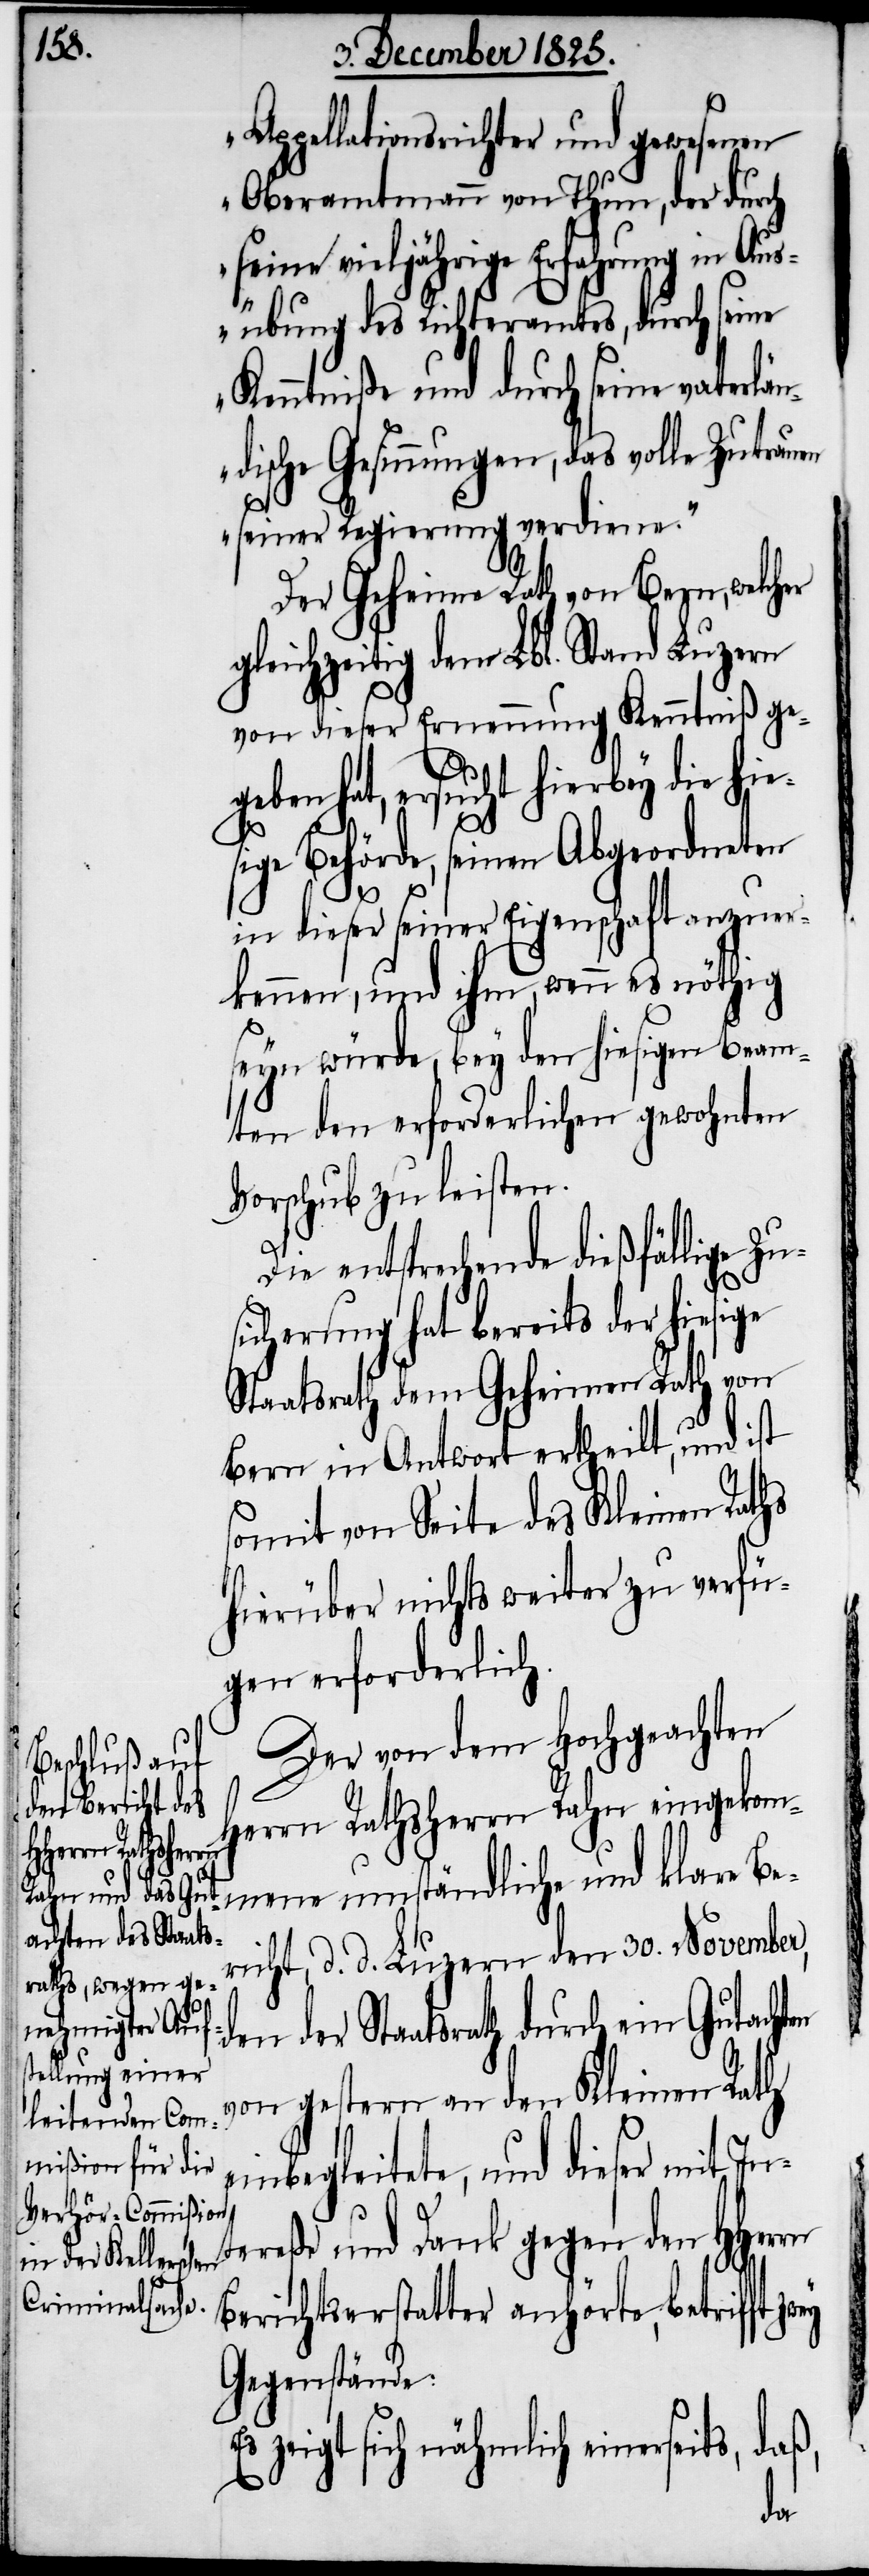
Appellationsrichter und gewesenen
Oberamtmann von Thun, der durch
seine vieljährige Erfahrung in
übung des Richteramtes, durch seine
Kenntniß und durch seine vaterlä¬
ndische Gesinnungen, das volle Zutrau¬
en seiner Regierung verdiene.“
Der Geheime Rath von Bern, welcher
gleichzeitig dem Lbl. Stand Luzern
von dieser Ernennung Kenntniß gege¬
ben hat, ersucht hierbey die hie¬
sige Behörde, seinen Abgeordneten
rn
Aus¬
in dieser seiner Eigenschaft anzuer¬
kennen, und ihm, wenn es nöthig
seyn würde, bey den hiesigen Beam¬
ten den erforderlichen gewohnten
Vorschub zu leisten.
Die entsprechende dießfällige Zu¬
sicherung hat bereits der hiesige
Staatsrath dem Geheimen Rath von
Bern in Antwort ertheilt, und ist
somit von Seite des Kleinen Raths
hierüber nichts weiter zu verfü¬
gen erforderlich.
Der von dem Hochgeachten
Herrn Rathsherrn Rahn eingeko¬
mmene umständliche und klare Be¬
richt, d. d. Luzern den 30. November,
den der Staatsrath durch ein Gutacht¬
von gestern an den Kleinen Rath
einbegleitete, und dieser mit In¬
tereße und Dank gegen den HHer¬
Berichtserstatter anhörte, betrifft
Gegenstände:
daß,
Es zeigt sich nähmlich einersei¬
ts,